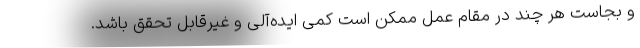
و بجاست هر چند در مقام عمل ممکن است کمی ایده‌آلی و غیرقابل تحقق باشد.